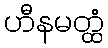
ဟီနမတ္ထံ